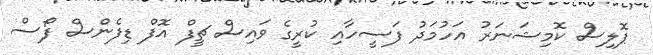
ޕޮލިސް ކޮމިޝަނަރު އަހުމަދު ފަސީހާއި ކުރީގެ ވައިސް ޗީފް އޮފް ޑިފެންސް ފޯސް